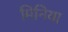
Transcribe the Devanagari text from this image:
मिनिया